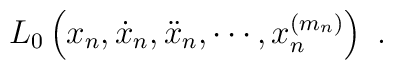
L_0\left(x_n,\dot{x}_n,\ddot{x}_n,\cdots,x_n^{(m_n)}\right)\ .